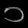
Digit: ၁